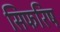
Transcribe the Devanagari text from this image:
सिफरिष